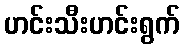
ဟင်းသီးဟင်းရွက်